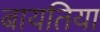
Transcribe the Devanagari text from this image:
बायतिया